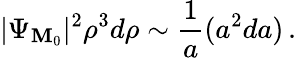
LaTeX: |\Psi_{{\cal\mathbf{M}}_{0}}|^{2}\rho^{3}d\rho\sim{\frac{{1}}{{a}}}(a^{2}da)\, .